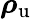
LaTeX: \boldsymbol{\mathbf{\rho}}_{\mathrm{u}}